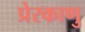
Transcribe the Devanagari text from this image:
प्रेरकाणु